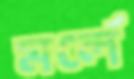
মর্লে